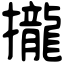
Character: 攏